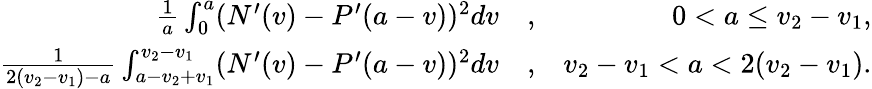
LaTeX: \begin{array}{rlr}{\frac{1}{a}\int_{0}^{a}(N^{\prime}(v)-P^{\prime}(a-v))^{2}dv}&{,}&{0<a\leq v_{2}-v_{1},}\\ {\frac{1}{2(v_{2}-v_{1})-a}\int_{a-v_{2}+v_{1}}^{v_{2}-v_{1}}(N^{\prime}(v)-P^{\prime}(a-v))^{2}dv}&{,}&{v_{2}-v_{1}<a<2(v_{2}-v_{1}).}\end{array}